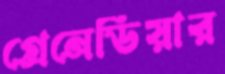
গ্রেনেডিয়ার